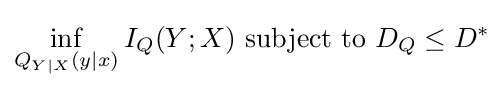
\inf _{Q_{Y\mid X}(y\mid x)}I_{Q}(Y;X){\text{ subject to }}D_{Q}\leq D^{*}